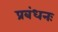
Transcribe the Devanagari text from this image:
प्रबंधनः